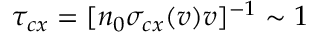
\tau _ { c x } = [ n _ { 0 } \sigma _ { c x } ( v ) v ] ^ { - 1 } \sim 1